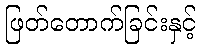
ဖြတ်တောက်ခြင်းနှင့်